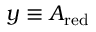
y \equiv A _ { \mathrm { r e d } }